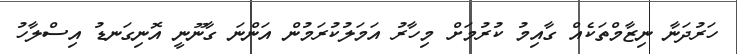
ހަރުދަނާ ނިޒާމްތަކެއް ގާއިމު ކުރުމަށް މިހާރު އަމަލުކުރަމުން އަންނަ ގާނޫނީ އޮނިގަނޑު އިސްލާހު